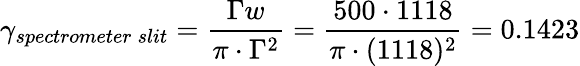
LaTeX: \gamma_{spectrometer\: slit}=\frac{\Gamma w}{\pi\cdot\Gamma^{2}}=\frac{500\cdot 1118}{\pi\cdot(1118)^{2}}=0.1423